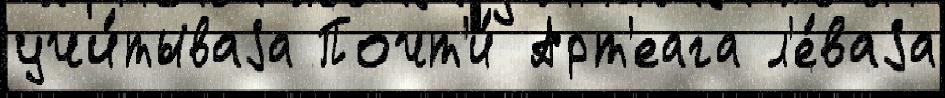
учи́тываjа Почт'и́ Арт'еага л'е́ваjа